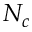
N _ { c }